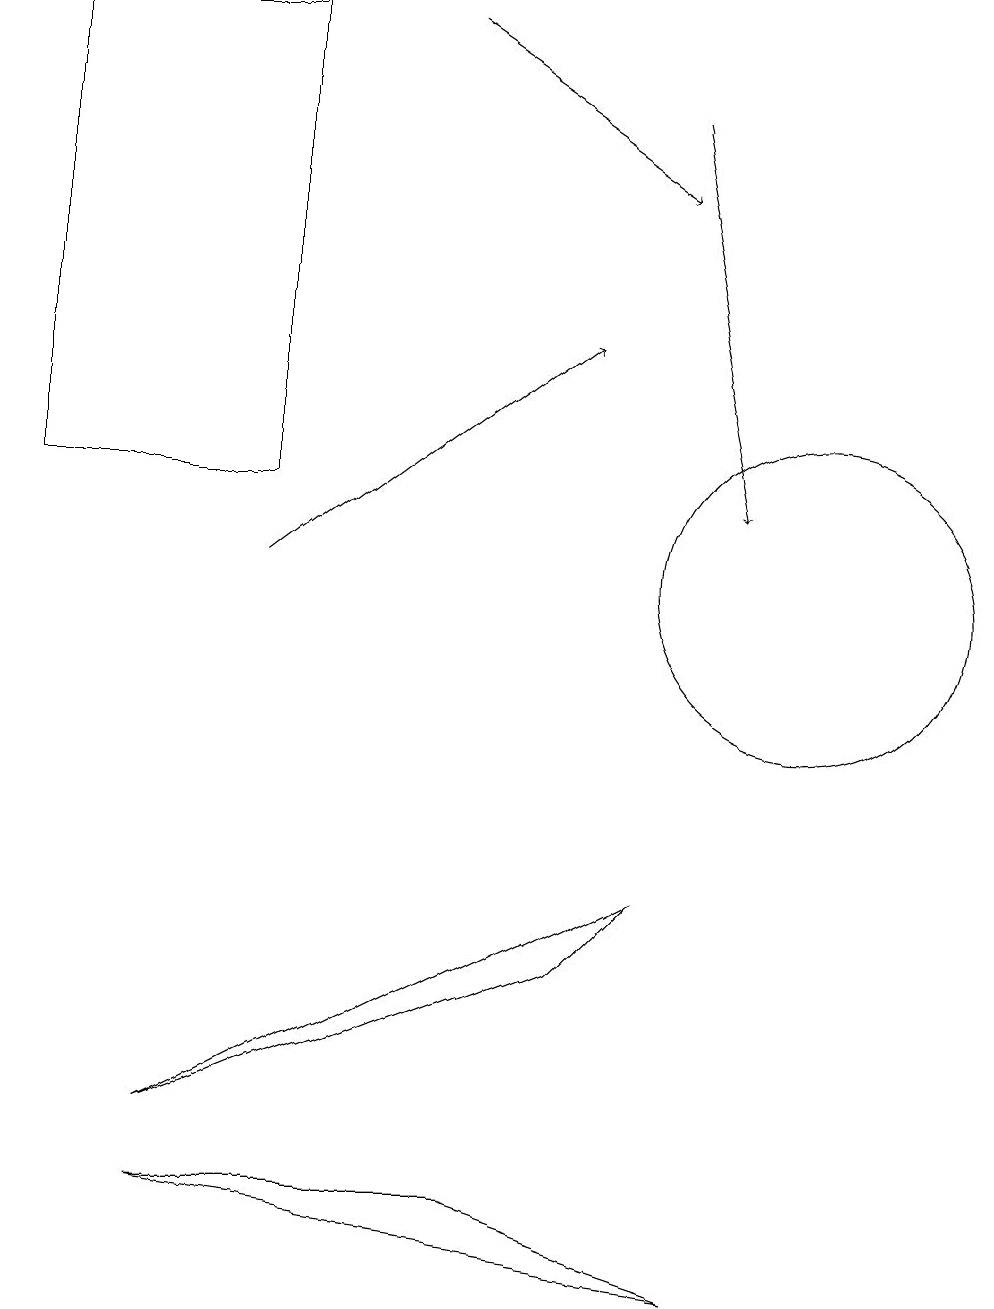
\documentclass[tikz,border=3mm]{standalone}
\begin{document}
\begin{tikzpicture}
\draw (7,5) -- (8,6) -- (2,3) -- cycle;
\draw (3,11) rectangle (0,17);
\draw[->] (3,10) -- (7,13);
\draw (10,10) circle (2);
\draw (2,2) -- (9,1) -- (6,2) -- cycle;
\draw[->] (8,16) -- (9,11);
\draw[->] (5,17) -- (8,15);
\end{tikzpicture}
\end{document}